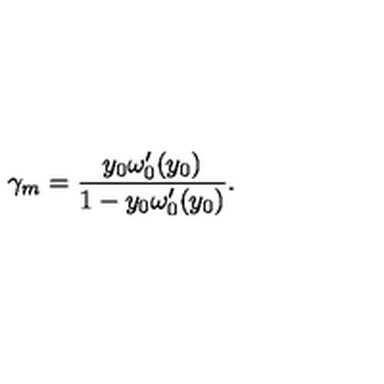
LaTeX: \gamma _ { m } = { \frac { y _ { 0 } \omega _ { 0 } ^ { \prime } ( y _ { 0 } ) } { 1 - y _ { 0 } \omega _ { 0 } ^ { \prime } ( y _ { 0 } ) } } .